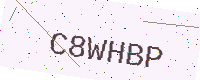
Text: C8WHBP